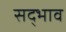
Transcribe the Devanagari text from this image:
सद्‍भाव